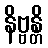
နိဗ္ဗန္တိ